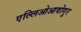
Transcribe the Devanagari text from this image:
एल्लिओआवोगुर